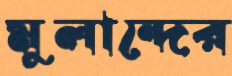
মুলান্দের